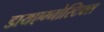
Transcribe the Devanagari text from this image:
डायएग्नोस्टिक्स